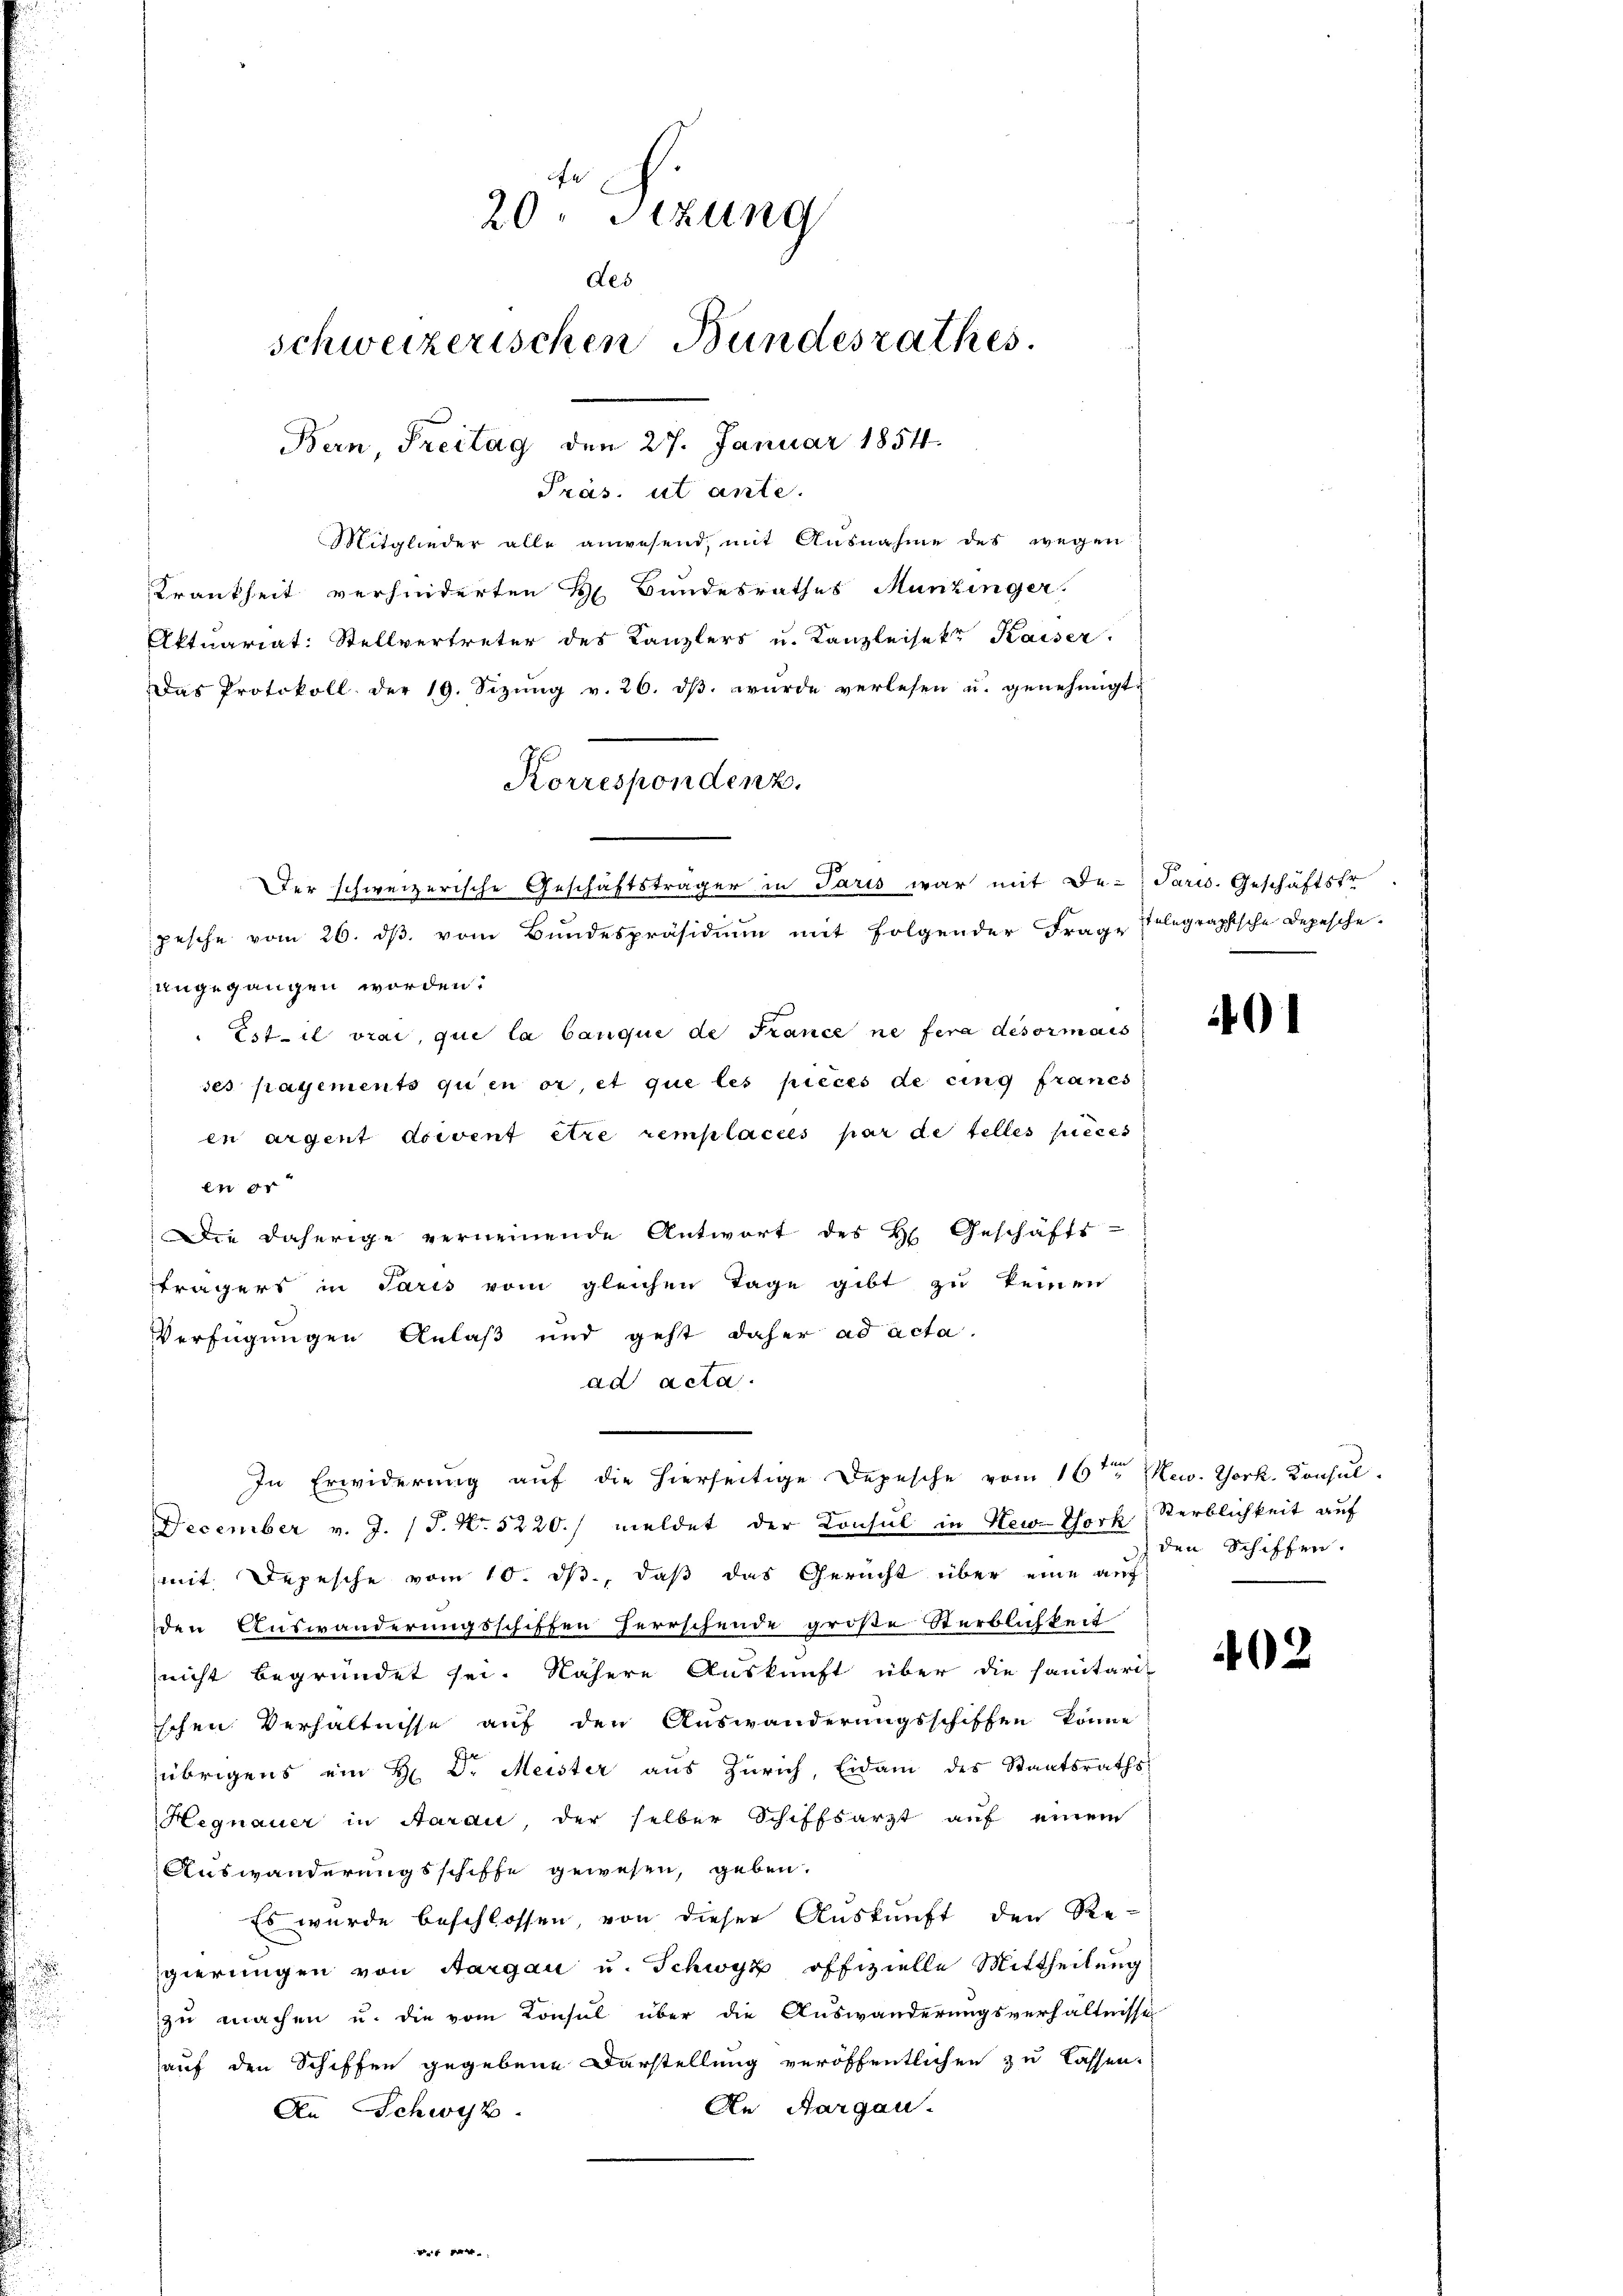
r
20. Sezung
des
schweizerischen Bundesrathes.
Bern, Freitag den 27. Januar 1854.

Präs. ut ante.
Mitglieder alle anwesend, mit Ausnahme des wegen
Krankheit verhinderten H. Bundesrathes Munzinger.
Aktuariat: Stellvertreter des Kanzlers u. Kanzleisekt Kaiser
Das Protokoll der 19. Sizŭng v. 26. dβ wŭrde verlesen u. genehmigt.
pesche vom 26. dβ vom Bŭndespräsidiŭm mit folgender Frage Polegraphische Depesche
angegangen worden.
Est il vrai, qui la Canque de France ne fera devormals
ses payements qu’en or, et que les pieces de cing francs
en argent Ascent être remplacées par de telles pieces
en er
Die daherige verneinende Antwort des H. Geschäfts-
trägers in Paris vom gleichen Tage gibt zu keinen
Verfügungen Anlaß und geht daher ad acta.
ad acta.
In Erwiderung auf die hierseitige Depesche vom 16ten New York. Konsul-
December v. J. (T. N. 5220./ meldet der Konsul in New-York
mit. Depesche vom 10. ds., daß das Gericht über eine auf
den Auswanderungsschiften Herrschende große Sterblichkeit
nicht begründet sei. Nähere Auskunft über die sanitari-
schen Verhältnisse auf den Auswanderungsschiffen könne
übrigens ein H. D. Meister aus Zürich, Eidam des Staatsraths-
Hegnauer in Aarau, der selber Schiffsarzt auf einem
Auswanderungsschiffe gewesen, geben.
Es wurde beschlossen, von dieser Auskunft den Re-
gierungen von Aargau u. Schwyz offizielle Mittheilung
zu machen u. die vom Konsul über die Auswanderungsverhältnisse
auf den Schiffen gegebene Darstellung veröffentlichen zu lassen.
An Aargau.
An Schwyz.

Korrespondenz.

Der schweizerische Geschäftsträger in Paris war mit De-Parw. Geschäftsfr.

0

Sterblichkeit auf
den Schiffen.

402